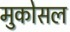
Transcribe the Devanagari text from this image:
मुकोसल